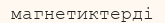
магнетиктерді